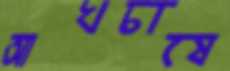
আখচাষে